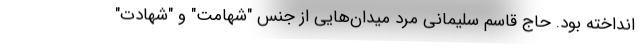
انداخته بود. حاج قاسم سلیمانی مرد میدان‌هایی از جنس "شهامت" و "شهادت"